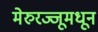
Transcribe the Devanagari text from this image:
मेरुरज्जूमधून